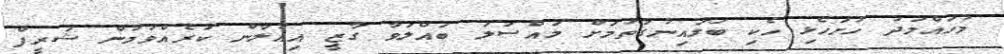
މުހައްމަދު ހުށަހެޅި ހެކި ބަލައިނުގަތުމަށް މައްސަލަ ބައްލަވާ ގާޒީ އިއުލާން ކުރެއްވުމުން ޝަރީފް